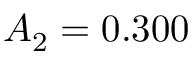
A _ { 2 } = 0 . 3 0 0